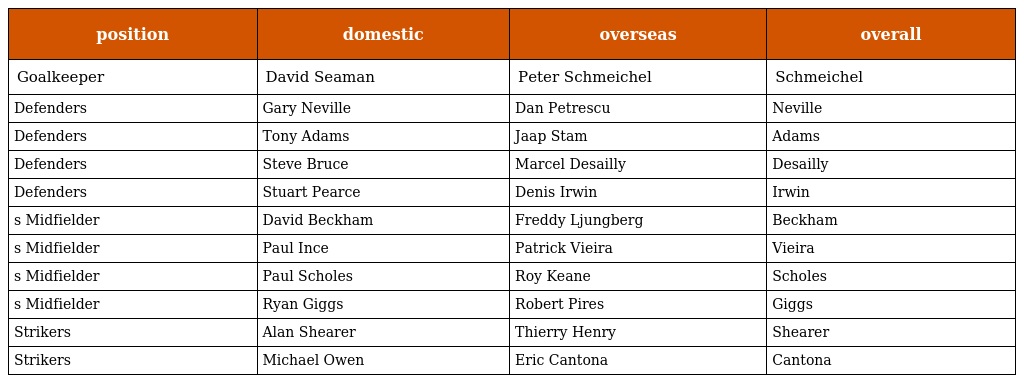
| position | domestic | overseas | overall |
 | --- | --- | --- | --- |
 | Goalkeeper | David Seaman | Peter Schmeichel | Schmeichel |
 | Defenders | Gary Neville | Dan Petrescu | Neville |
 | Defenders | Tony Adams | Jaap Stam | Adams |
 | Defenders | Steve Bruce | Marcel Desailly | Desailly |
 | Defenders | Stuart Pearce | Denis Irwin | Irwin |
 | s Midfielder | David Beckham | Freddy Ljungberg | Beckham |
 | s Midfielder | Paul Ince | Patrick Vieira | Vieira |
 | s Midfielder | Paul Scholes | Roy Keane | Scholes |
 | s Midfielder | Ryan Giggs | Robert Pires | Giggs |
 | Strikers | Alan Shearer | Thierry Henry | Shearer |
 | Strikers | Michael Owen | Eric Cantona | Cantona |